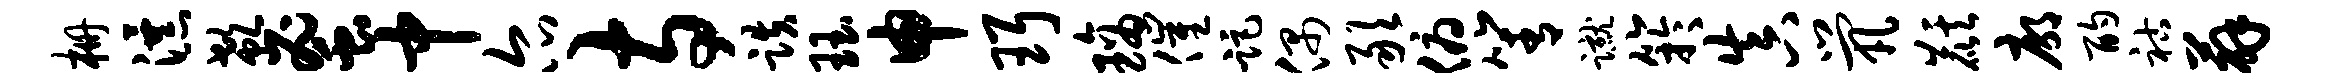
栅瀑欷蜜中尔寺跌珏申珥璃催距偶敢俯箐蹴竽真茕麒廓酌祜薜